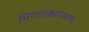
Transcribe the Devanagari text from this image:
भिमाशंक्रापसल्या